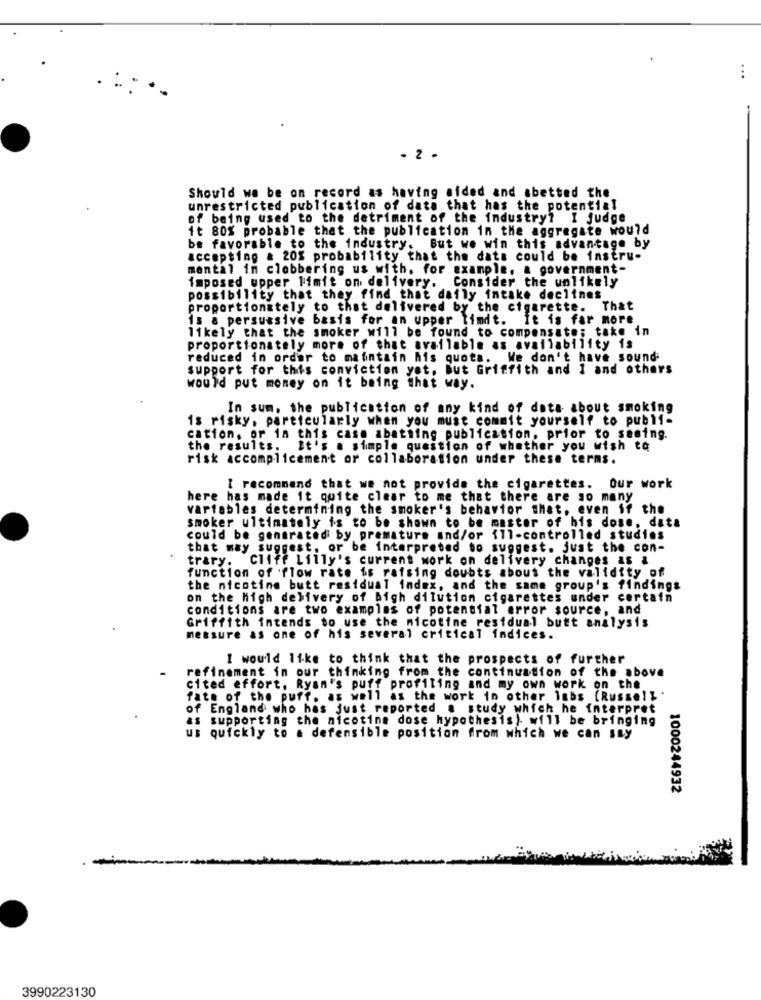
...
- 2 .
Should we be on record as having aided and abetted the
unrestricted publication of data that has the potential
of being used to the detriment of the industry? I judge
it 80% probable that the publication in the aggregate would
be favorable to the industry. But we win this advantage by
accepting & 20% probability that the data could be instru-
mental in clobbering us with. for example, & government-
imposed upper limit on delivery. Consider the unlikely
possibility that they find that daily intake declines
proportionately to that delivered by the cigarette. That
1s & persuasive basis for an upper timdt. It is far more.
likely that the smoker will be found to compensate; take in
proportionately more of that available as availability is
reduced in order to maintain his quota. We don't have sound-
support for this conviction yet, But Griffith and 1 and others
would put money on it being that way.
In sum, the publication of any kind of data about smoking
is risky, particularly when you must commit yourself to publi-
cation, or in this case abatting publication, prior to seming.
the results. It's a simple question of whether you wish to
risk accomplicement or collaboration under these terms.
I recommend that we not provide the cigarettes. Our work
here has made it quite clear to me that there are so many
variables determining the smoker's behavior that, even if the
smoker ultimately is to be shown to be master of his dose, data
could be generated by premature and/or 111-controlled studies
that may suggest, or be interpreted to suggest. just the con-
trary. Cliff Lilly's current work on delivery changes as &
function of flow rate is raising doubts about the validity of
the nicotine butt residual index, and the same group's findings
on the high delivery of Bigh dilution cigarettes under certain
conditions are two examples of potential error source, and
Griffith intends to use the nicotine residual butt analysis
measure as one of his several critical indices.
I would like to think that the prospects of further
refinement in our thinking from the continuation of the above
cited effort, Ryan's puff profiling and my own work on the
fate of the puff, as well as the work in other lnbs (Russell "
of England who has just reported a study which he interpret
as supporting the nicotine dose hypothesis) will be bringing
us quickly to a defensible position from which we can say
1000244932
3990223130